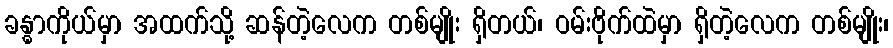
ခန္ဓာကိုယ်မှာ အထက်သို့ ဆန်တဲ့လေက တစ်မျိုး ရှိတယ်၊ ဝမ်းဗိုက်ထဲမှာ ရှိတဲ့လေက တစ်မျိုး၊